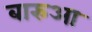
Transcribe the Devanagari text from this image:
बारुआ